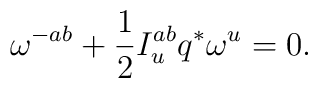
\omega^{-ab}+{1\over 2}I_u^{ab}q^*\omega^u=0.